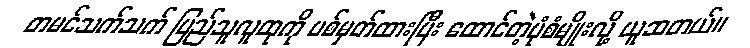
တမင်သက်သက် ပြည်သူလူထုကို ပစ်မှတ်ထားပြီး ထောင်တဲ့ပုံစံမျိုးလို့ ယူဆတယ်။